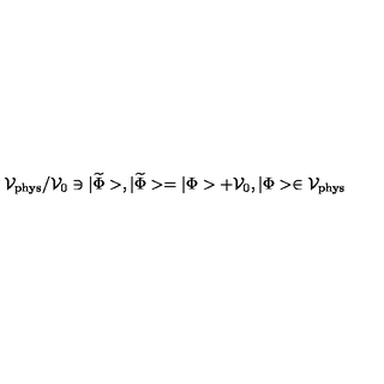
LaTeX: { \cal V } _ { \mathrm { p h y s } } / { \cal V } _ { 0 } \ni | \widetilde { \Phi } > , | \widetilde { \Phi } > = | \Phi > + { \cal V } _ { 0 } , | \Phi > \in { \cal V } _ { \mathrm { p h y s } }